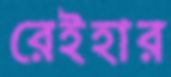
রেইহার